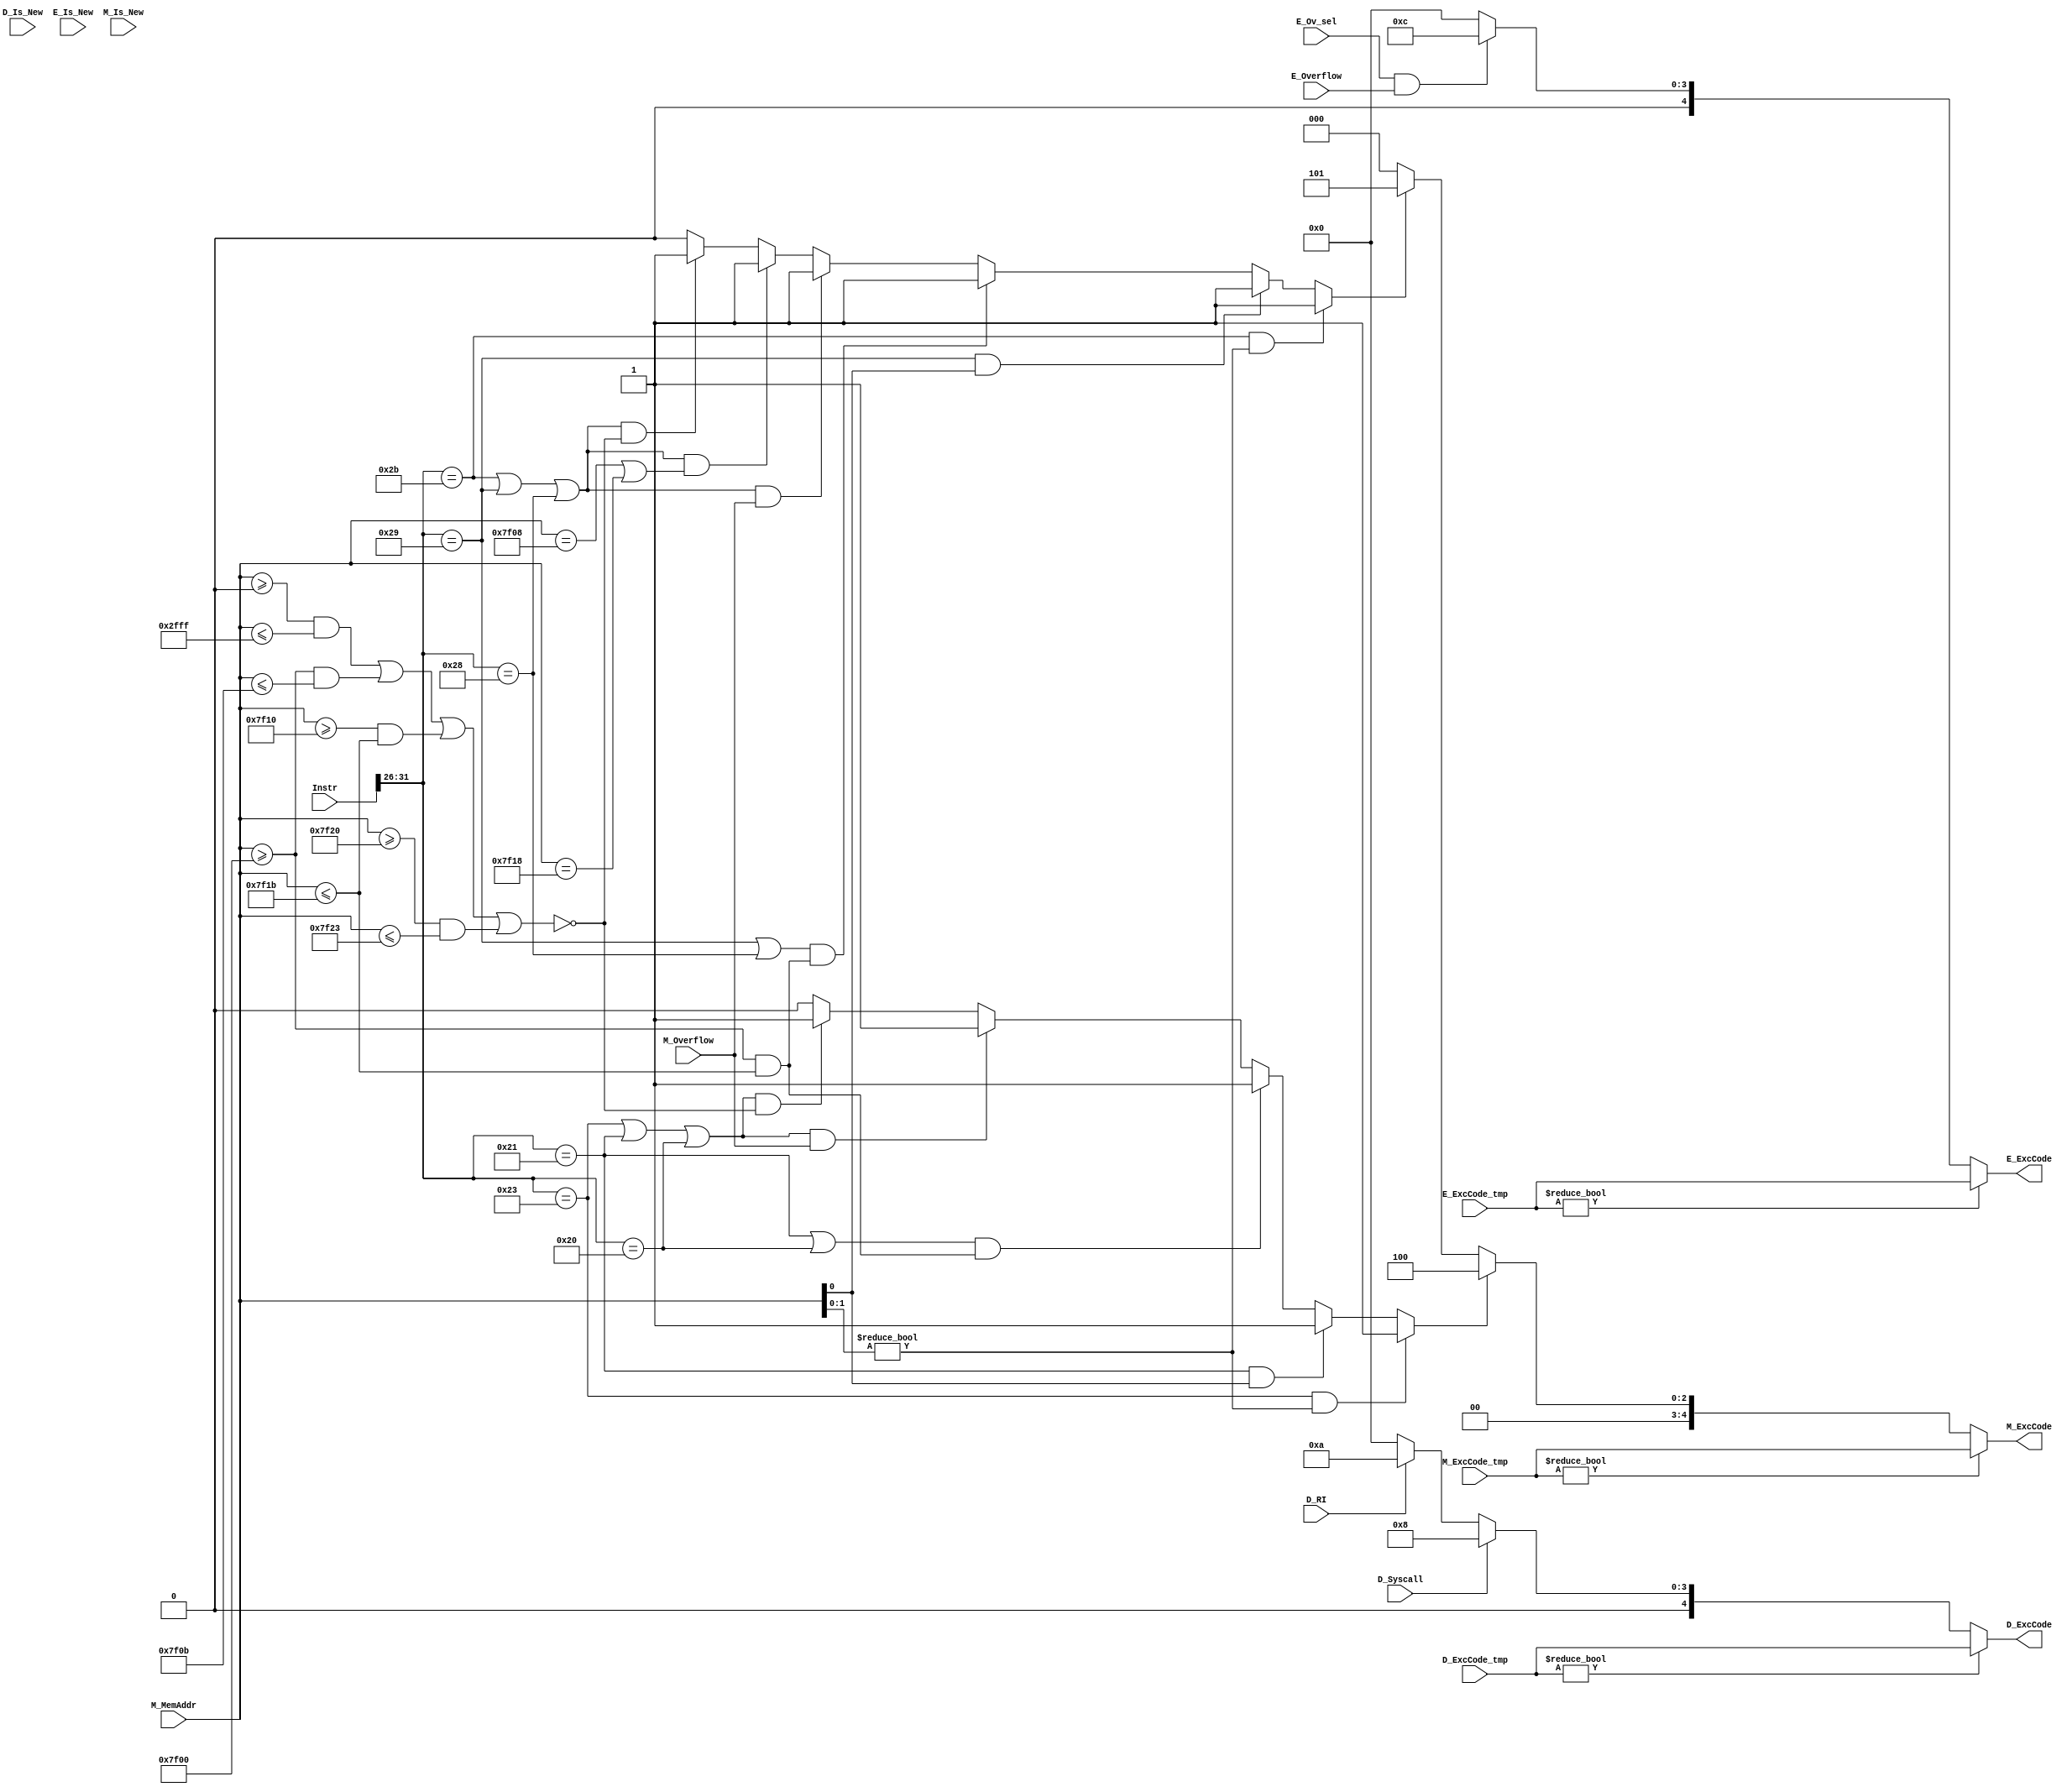
`timescale 1ns / 1ps
//////////////////////////////////////////////////////////////////////////////////
// Company: 
// Engineer: 
// 
// Design Name: 
// Module Name:    exc 
// Project Name: 
// Target Devices: 
// Tool versions: 
// Description: 
//
// Dependencies: 
//
// Revision: 
// Revision 0.01 - File Created
// Additional Comments: 
//
//////////////////////////////////////////////////////////////////////////////////
module Exc(
	input [31:0] Instr,//M_
	input D_Syscall,
	input D_RI,
	input E_Overflow,
	input M_Overflow,
	input E_Ov_sel,
	input [31:0] M_MemAddr,
	
	input D_Is_New,
	input E_Is_New,
	input M_Is_New,
	
	input [4:0] D_ExcCode_tmp,
	input [4:0] E_ExcCode_tmp,
	input [4:0] M_ExcCode_tmp,
	output [4:0] D_ExcCode,
	output [4:0] E_ExcCode,
	output [4:0] M_ExcCode
    );
	wire [5:0] Op = Instr[31:26];
    wire [5:0] Funct = Instr[5:0];

	wire add = (Op == 6'b000000 && Funct == 6'b100000);
	wire sub = (Op == 6'b000000 && Funct == 6'b100010);
	wire addi= (Op == 6'b001000);
	
	wire lw  = (Op == 6'b100011);
	wire lh  = (Op == 6'b100001);
	wire lb  = (Op == 6'b100000);
	wire load = lw|lh|lb;
	wire sw  = (Op == 6'b101011);
	wire sh  = (Op == 6'b101001);
	wire sb  = (Op == 6'b101000);
	wire store = sw|sh|sb;
	
	wire Addr_Error = 	~((M_MemAddr >= 32'h0000 && M_MemAddr <= 32'h2fff)
						||(M_MemAddr >= 32'h7f00 && M_MemAddr <= 32'h7f0b)
						||(M_MemAddr >= 32'h7f10 && M_MemAddr <= 32'h7f1b)
						||(M_MemAddr >= 32'h7f20 && M_MemAddr <= 32'h7f23));
	
	//,
	wire AdEL = (lw && (M_MemAddr[1:0] != 2'b0)) ? 1'b1 :		// 4 
				(lh && (M_MemAddr[0]   != 1'b0)) ? 1'b1 :		// 2 
				((lh|lb) && (M_MemAddr >= 32'h7f00 && M_MemAddr <= 32'h7f1b)) ? 1'b1 :// Timer 
				(load && M_Overflow) ? 1'b1 :					//
				(load && Addr_Error) ? 1'b1 : 1'b0;				// DMTimer0Timer1
	
	//
	wire AdES = (sw && (M_MemAddr[1:0] != 2'b0)) ? 1'b1 :		// 4 
				(sh && (M_MemAddr[0]   != 1'b0)) ? 1'b1 :		// 2 
				((sh|sb) && (M_MemAddr >= 32'h7f00 && M_MemAddr <= 32'h7f1b)) ? 1'b1 :// Timer 
				(store && M_Overflow) ? 1'b1 :					//
				(store && ((M_MemAddr == 32'h7f08) || (M_MemAddr == 32'h7f18))) ? 1'b1 :	// Count 
				(store && Addr_Error) ? 1'b1 : 1'b0;			// DMTimer0Timer1	
	
	wire Ov = ((E_Ov_sel) && E_Overflow );				//
	

	assign D_ExcCode =  D_ExcCode_tmp ? D_ExcCode_tmp :
						(D_Syscall) ? 5'd8 : 
						(D_RI) 		? 5'd10 :5'd0 ;
						
	assign E_ExcCode = 	E_ExcCode_tmp ? E_ExcCode_tmp :
						(Ov)   	? 5'd12 : 5'd0 ;
						
	assign M_ExcCode =	M_ExcCode_tmp ? M_ExcCode_tmp :
						(AdEL) 	? 5'd4 :
						(AdES) 	? 5'd5 : 5'd0 ;
endmodule